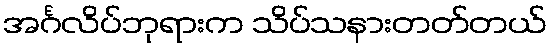
အင်္ဂလိပ်ဘုရားက သိပ်သနားတတ်တယ်